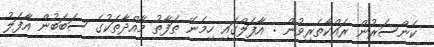
ކެންސަރުން ރައްކާތެރިވުން : އާފަލްގައި ހިމެނޭ ތަފާތު މާއްދާތަކުގެ ސަބަބުން އާފަލު